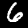
Digit: 6